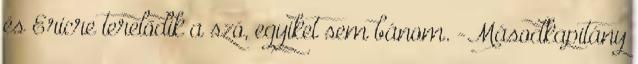
és Ericre terelődik a szó, egyiket sem bánom. -Másodkapitány